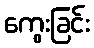
ကွေးခြင်း